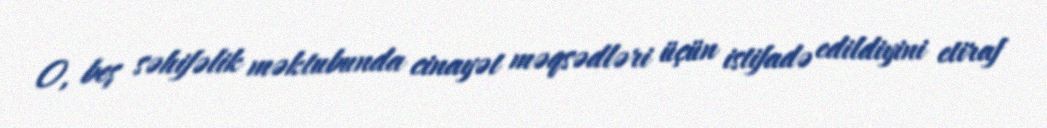
O, beş səhifəlik məktubunda cinayət məqsədləri üçün istifadə edildiyini etiraf